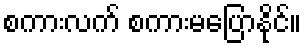
စကားလက် စကားမပြောနိုင်။